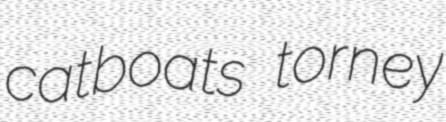
catboats torney